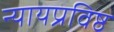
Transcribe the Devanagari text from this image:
न्यायप्रविष्ठ